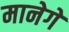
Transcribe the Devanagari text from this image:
मानेगे